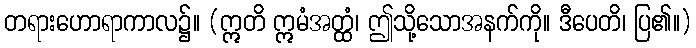
တရားဟောရာကာလ၌။ (ဣတိ ဣမံအတ္ထံ၊ ဤသို့သောအနက်ကို။ ဒီပေတိ၊ ပြ၏။)